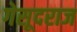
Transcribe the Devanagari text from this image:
गेसूदराज